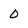
Character: 0